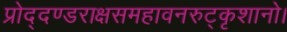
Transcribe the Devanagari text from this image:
प्रोद्दण्डराक्षसमहावनरुट्कृशानो।